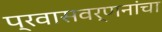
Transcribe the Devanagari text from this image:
प्रवासवर्णनांचा